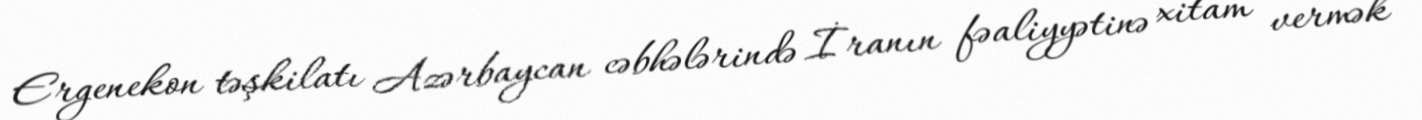
Ergenekon təşkilatı Azərbaycan cəbhələrində İranın fəaliyyətinə xitam vermək